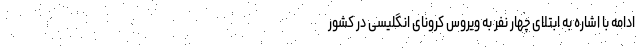
ادامه با اشاره به ابتلای چهار نفر به ویروس کرونای انگلیسی در کشور